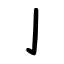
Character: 亅